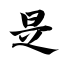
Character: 是